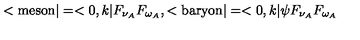
< \mathrm { m e s o n } | = < 0 , k | F _ { \nu _ { A } } F _ { \omega _ { A } } , < \mathrm { b a r y o n } | = < 0 , k | \psi F _ { \nu _ { A } } F _ { \omega _ { A } }